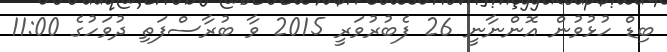
ބިޑް ހުޅުވުން އޮންނާނީ 26 ފެބުރުވަރީ 2015 ވާ ބުރާސްފަތި ދުވަހުގެ 11:00